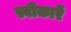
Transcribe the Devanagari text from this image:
स्वीकारें